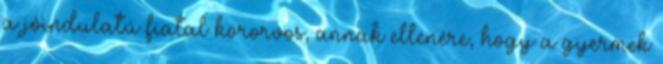
a jóindulatú fiatal körorvos, annak ellenére, hogy a gyermek